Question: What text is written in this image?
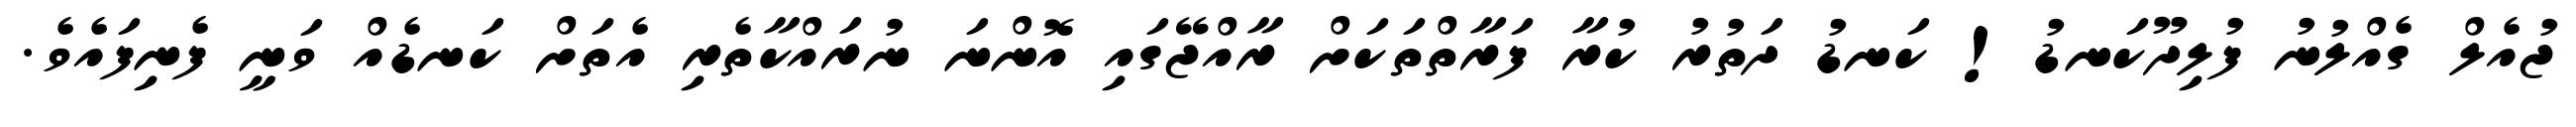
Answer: ޖުއެލް ގެއްލުނު ފުލިދޫކަނޑު! ކަނޑު ދަތުރު ކުރާ ފަރާތްތަކަށް ރާއްޖޭގައި އޮންނަ ނުރައްކާތެރި އެތަށް ކަނޑެއް ވަނީ ފެނިފައެވެ.